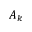
A _ { k }